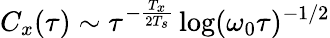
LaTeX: C_{x}(\tau)\sim\tau^{-\frac{T_{x}}{2T_{s}}}\log(\omega_{0}\tau)^{-1/2}